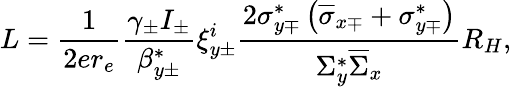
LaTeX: L=\frac{1}{2er_{e}}\frac{\gamma_{\pm}I_{\pm}}{\beta_{y\pm}^{*}}\xi_{y\pm}^{i}\frac{2\sigma_{y\mp}^{*}\left(\overline{{\sigma}}_{x\mp}+\sigma_{y\mp}^{*}\right)}{\Sigma_{y}^{*}\overline{{\Sigma}}_{x}}R_{H},